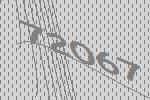
72067